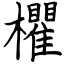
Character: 欋